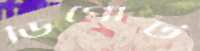
ডিপোর্ট